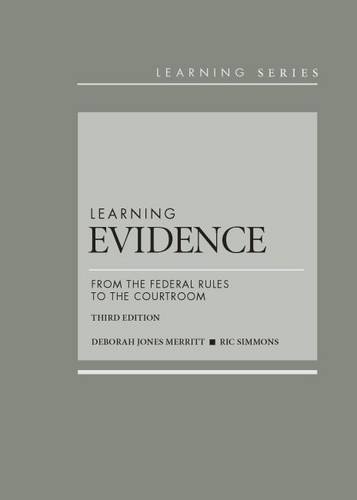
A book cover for Learning Evidence: From the Federal Rules to the Courtroom (Learning Series); Deborah Merritt; Law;